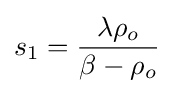
s_{1}={\frac {\lambda \rho _{o}}{\beta -\rho _{o}}}